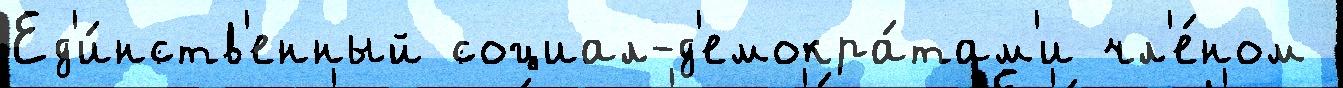
Ед'и́нств'енный социал-д'емокра́там'и чл'е́ном